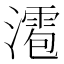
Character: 㵡